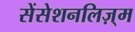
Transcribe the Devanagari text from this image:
सेंसेशनलिज़्म